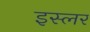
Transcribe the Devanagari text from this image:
इस्लर